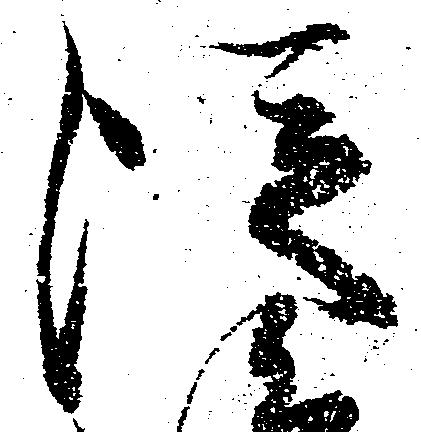
従